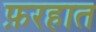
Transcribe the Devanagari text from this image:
फ़रहात